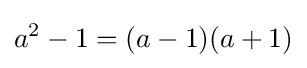
a^{2}-1=(a-1)(a+1)